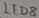
Text: LED8